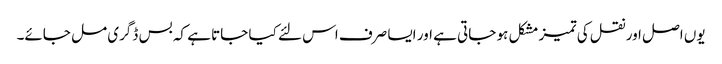
یوں اصل اور نقل کی تمیز مشکل ہو جاتی ہے اور ایسا صرف اس لئے کیا جاتا ہے کہ بس ڈگری مل جائے۔